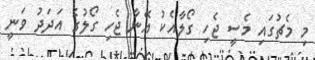
މި މެޗުގައި މެސީ ޖެހި ގޯލާއެކު އޭނާ ޖެހި ގޯލުގެ އަދަދު ވަނީ